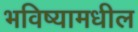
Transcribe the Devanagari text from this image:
भविष्यामधील